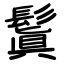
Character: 鬒